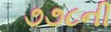
૭૭૮ની